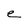
Character: e